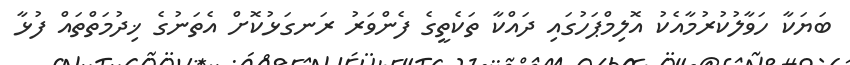
ބަޔަކާ ހަވާލުކުރުމާއެކު އޮލިމްޕަހުގައި ދައްކާ ތަކެތީގެ ފެންވަރު ރަނގަޅުކޮށް އެތަނުގެ ޚިދުމަތްތައް ފުޅާ